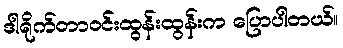
ဒါရိုက်တာဝင်းထွန်းထွန်းက ပြောပါတယ်။